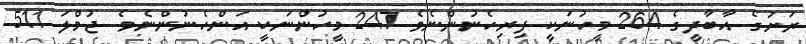
ރަށުގެ އާބާދީގެ 264 މީހުނަކީ ފިރިހެނުންނެވެ 247 މީހުންނަކީ އަންހެނުންނެވެ. ޖުމްލަ 511